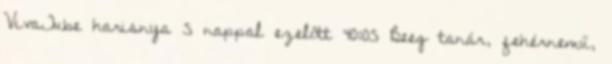
VivaTube harisnya 5 nappal ezelőtt 40:05 Beeg tanár, fehérnemű,